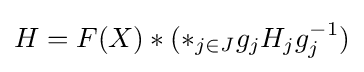
H=F(X)*(*_{j\in J}g_{j}H_{j}g_{j}^{-1})